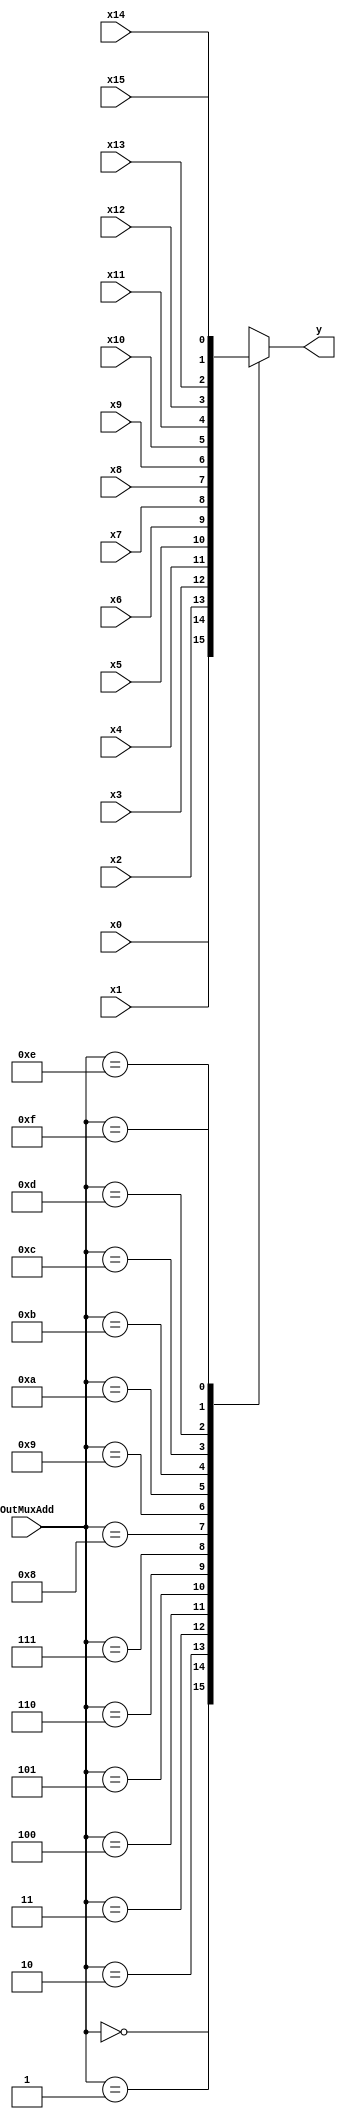
module fourbysixteen_mux #(parameter SIZE = 1)(

    input [SIZE-1:0] x0,x1,x2,x3,x4,x5,x6,x7,x8,x9,x10,x11,x12,x13,x14,x15, 
    input [3:0] OutMuxAdd,                     
    output reg [SIZE-1:0]y                    
    );
    
     always @(*)
        begin
            case (OutMuxAdd)
                    4'b0000: y = x0;
                    4'b0001: y = x1;
                    4'b0010: y = x2;
                    4'b0011: y = x3;
                    4'b0100: y = x4;
                    4'b0101: y = x5;
                    4'b0110: y = x6;
                    4'b0111: y = x7;
                    4'b1000: y = x8;
                    4'b1001: y = x9;
                    4'b1010: y = x10;
                    4'b1011: y = x11;
                    4'b1100: y = x12;
                    4'b1101: y = x13;
                    4'b1110: y = x14;
                    4'b1111: y = x15;
            endcase
        end
    
endmodule